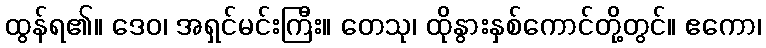
ထွန်ရ၏။ ဒေဝ၊ အရှင်မင်းကြီး။ တေသု၊ ထိုနွားနှစ်ကောင်တို့တွင်။ ဧကော၊